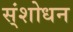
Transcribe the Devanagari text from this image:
स्ंशोधन